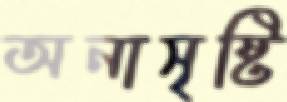
অনাসৃষ্টি